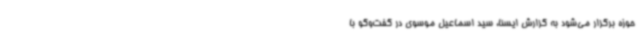
حوزه برگزار می‌شود به گزارش ایسنا، سید اسماعیل موسوی در گفت‌وگو با